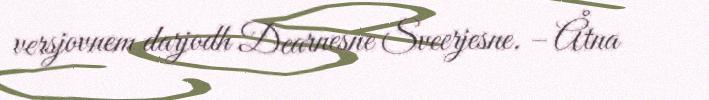
versjovnem darjodh Dearnesne Sveerjesne. – Åtna